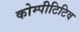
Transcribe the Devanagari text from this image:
कोम्पीटिटिव